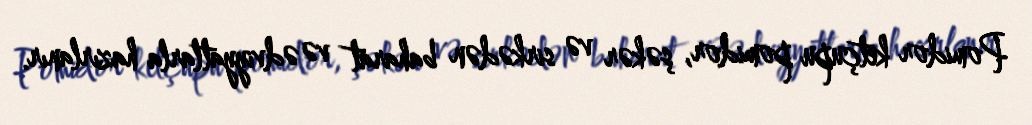
Pomidor ketçupu pomidor, şəkər və sirkədən baharat və ədviyyatlarla hazırlanır.